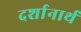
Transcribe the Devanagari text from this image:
दर्शानार्थ